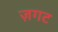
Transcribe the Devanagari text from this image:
ज़गट